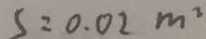
S = 0 . 0 2 m ^ { 2 }